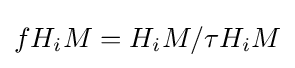
fH_{i}M=H_{i}M/\tau H_{i}M